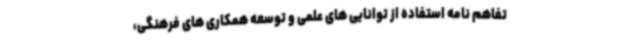
تفاهم نامه استفاده از توانایی های علمی و توسعه همکاری های فرهنگی،